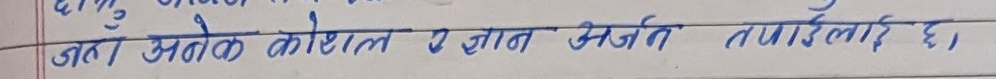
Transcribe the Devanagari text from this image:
जहाँ अनेक कौशल र ज्ञान अर्जर्न तपाईंलाई छ,